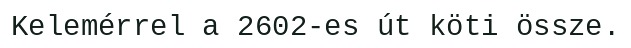
Kelemérrel a 2602-es út köti össze.